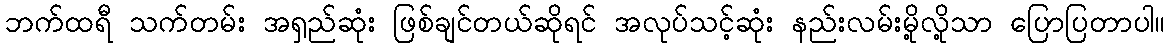
ဘက်ထရီ သက်တမ်း အရှည်ဆုံး ဖြစ်ချင်တယ်ဆိုရင် အလုပ်သင့်ဆုံး နည်းလမ်းမို့လို့သာ ပြောပြတာပါ။